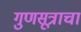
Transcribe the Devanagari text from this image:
गुणसूत्राचा